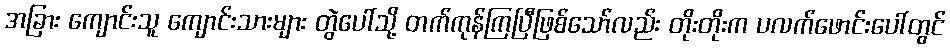
အခြား ကျောင်းသူ ကျောင်းသားများ တွဲပေါ်သို့ တက်ကုန်ကြပြီဖြစ်သော်လည်း တိုးတိုးက ပလက်ဖောင်းပေါ်တွင်